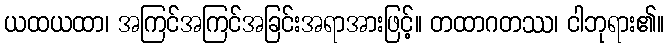
ယထယထာ၊ အကြင်အကြင်အခြင်းအရာအားဖြင့်။ တထာဂတဿ၊ ငါဘုရား၏။